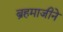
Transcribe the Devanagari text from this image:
ब्रहमाजीने